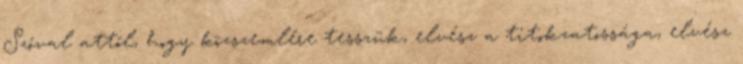
Szóval attól, hogy közszemlére tesszük, elvész a titokzatossága, elvész